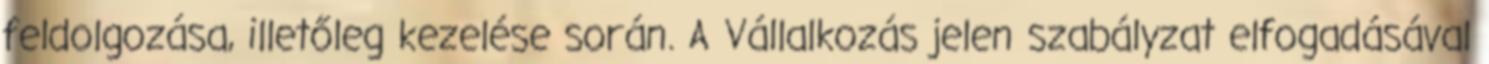
feldolgozása, illetőleg kezelése során. A Vállalkozás jelen szabályzat elfogadásával